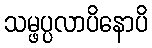
သမ္ဖပ္ပလာပိနောပိ